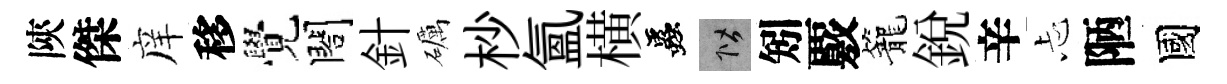
陝傑庠移覺閤針礪杪氳横蟲階矧覈籠銳辛忐陋國